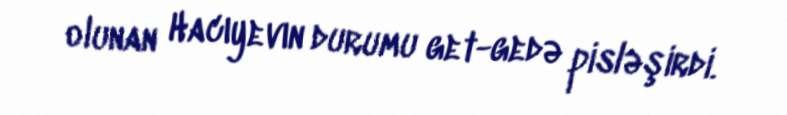
olunan Hacıyevın durumu get-gedə pisləşirdi.